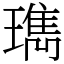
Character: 㻽